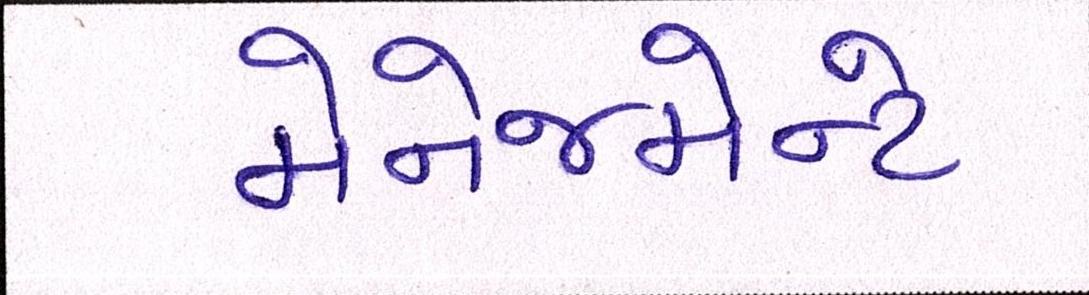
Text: મેનેજમેન્ટે